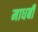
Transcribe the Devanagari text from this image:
माधबी